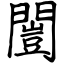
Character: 闓